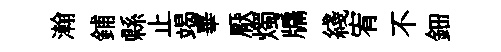
瀚鋪縣止竭畢厭燭牖綫宥不鈿